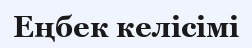
Еңбек келісімі